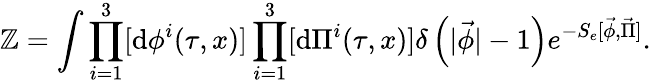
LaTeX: {\cal\mathbb{Z}}=\int\prod_{i=1}^{3}[\mathrm{{d}}{\phi}^{i}(\tau,x)]\prod_{i=1}^{3}[\mathrm{{d}}{\Pi}^{i}(\tau,x)]\delta\left(|\vec{{\phi}}|-1\right)e^{-S_{e}[\vec{{\phi}},\vec{{\Pi}}]}.